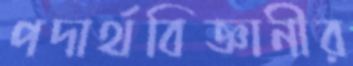
পদার্থবিজ্ঞানীর